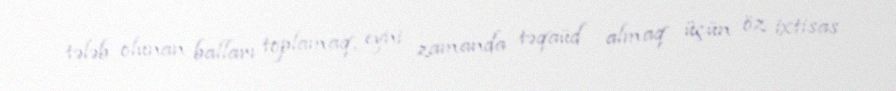
tələb olunan balları toplamaq, eyni zamanda təqaüd almaq üçün öz ixtisas